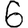
Digit: 6